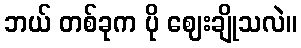
ဘယ် တစ်ခုက ပို ဈေးချိုသလဲ။